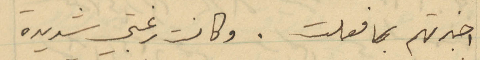
اخبرتهم بما فعلت. وكانت رغبتي شديده